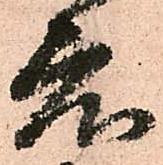
度